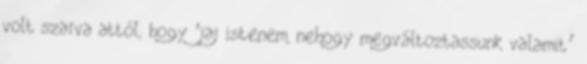
volt szarva attól, hogy ‘jaj istenem, nehogy megváltoztassunk valamit’